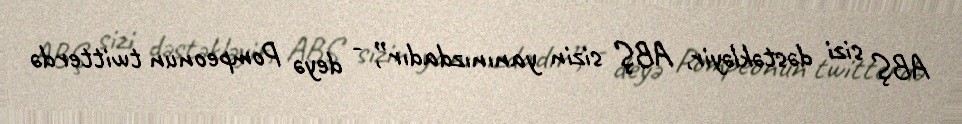
ABŞ sizi dəstəkləyir, ABŞ sizin yanınızdadır”, - deyə Pompeonun twitterdə